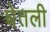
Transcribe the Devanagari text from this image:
घेेतली